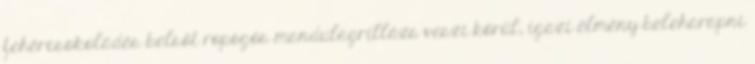
fehércsokoládés belsőt ropogós mandulagrillázs veszi körül, igazi élmény beleharapni